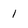
Character: I